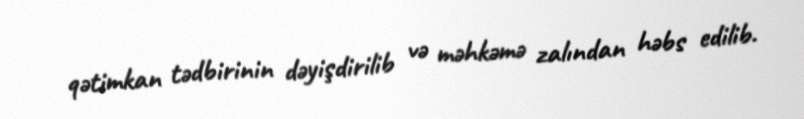
qətimkan tədbirinin dəyişdirilib və məhkəmə zalından həbs edilib.